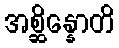
အစ္ဆိန္နောတိ